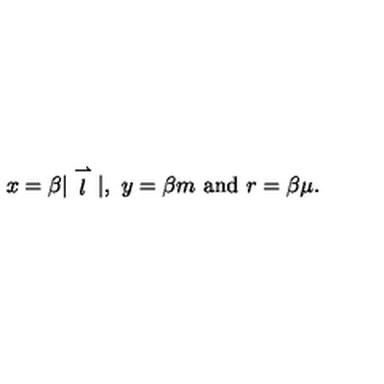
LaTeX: x = \beta | \stackrel { \rightharpoonup } { l } | , \ y = \beta m \ \mathrm { a n d } \ r = \beta \mu .